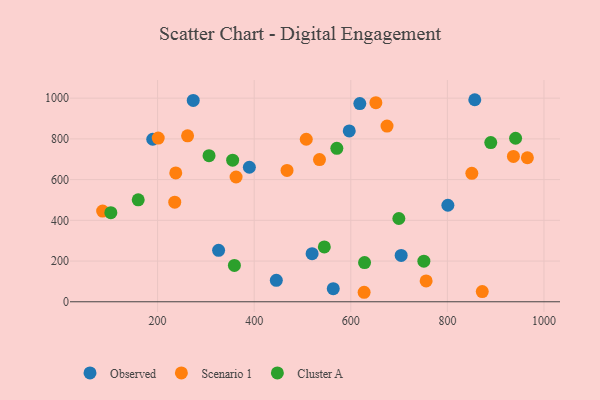
{"axis": {"x": "Speed", "y": "Fuel Efficiency"}, "legend": ["Cluster A", "Observed", "Scenario 1"], "data": [{"x": "618.7", "y": 973.3, "type": "Observed"}, {"x": "801.0", "y": 474.1, "type": "Observed"}, {"x": "596.8", "y": 838.9, "type": "Observed"}, {"x": "390.0", "y": 660.7, "type": "Observed"}, {"x": "273.8", "y": 988.7, "type": "Observed"}, {"x": "563.7", "y": 64.5, "type": "Observed"}, {"x": "190.0", "y": 798.2, "type": "Observed"}, {"x": "856.7", "y": 992.3, "type": "Observed"}, {"x": "326.3", "y": 252.5, "type": "Observed"}, {"x": "704.3", "y": 227.5, "type": "Observed"}, {"x": "519.9", "y": 236.4, "type": "Observed"}, {"x": "445.8", "y": 105.2, "type": "Observed"}, {"x": "235.5", "y": 489.4, "type": "Scenario 1"}, {"x": "850.6", "y": 630.8, "type": "Scenario 1"}, {"x": "675.0", "y": 863.0, "type": "Scenario 1"}, {"x": "965.6", "y": 707.4, "type": "Scenario 1"}, {"x": "86.2", "y": 445.7, "type": "Scenario 1"}, {"x": "936.7", "y": 713.7, "type": "Scenario 1"}, {"x": "507.8", "y": 798.1, "type": "Scenario 1"}, {"x": "468.0", "y": 645.0, "type": "Scenario 1"}, {"x": "262.1", "y": 814.9, "type": "Scenario 1"}, {"x": "362.5", "y": 612.8, "type": "Scenario 1"}, {"x": "237.6", "y": 632.6, "type": "Scenario 1"}, {"x": "627.6", "y": 46.7, "type": "Scenario 1"}, {"x": "872.2", "y": 50.3, "type": "Scenario 1"}, {"x": "535.2", "y": 698.2, "type": "Scenario 1"}, {"x": "651.9", "y": 977.8, "type": "Scenario 1"}, {"x": "201.3", "y": 803.9, "type": "Scenario 1"}, {"x": "756.0", "y": 102.2, "type": "Scenario 1"}, {"x": "941.2", "y": 803.2, "type": "Cluster A"}, {"x": "571.1", "y": 753.5, "type": "Cluster A"}, {"x": "751.3", "y": 199.2, "type": "Cluster A"}, {"x": "545.2", "y": 269.5, "type": "Cluster A"}, {"x": "159.9", "y": 500.6, "type": "Cluster A"}, {"x": "889.8", "y": 781.7, "type": "Cluster A"}, {"x": "103.2", "y": 437.4, "type": "Cluster A"}, {"x": "306.5", "y": 717.7, "type": "Cluster A"}, {"x": "628.5", "y": 192.5, "type": "Cluster A"}, {"x": "355.4", "y": 695.3, "type": "Cluster A"}, {"x": "699.5", "y": 409.1, "type": "Cluster A"}, {"x": "359.0", "y": 178.7, "type": "Cluster A"}]}